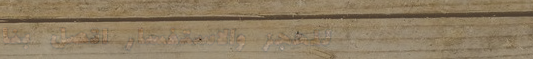
للحجز والاستفسار اتصل بنا